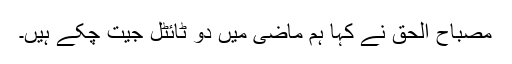
مصباح الحق نے کہا ہم ماضی میں دو ٹائٹل جیت چکے ہیں۔